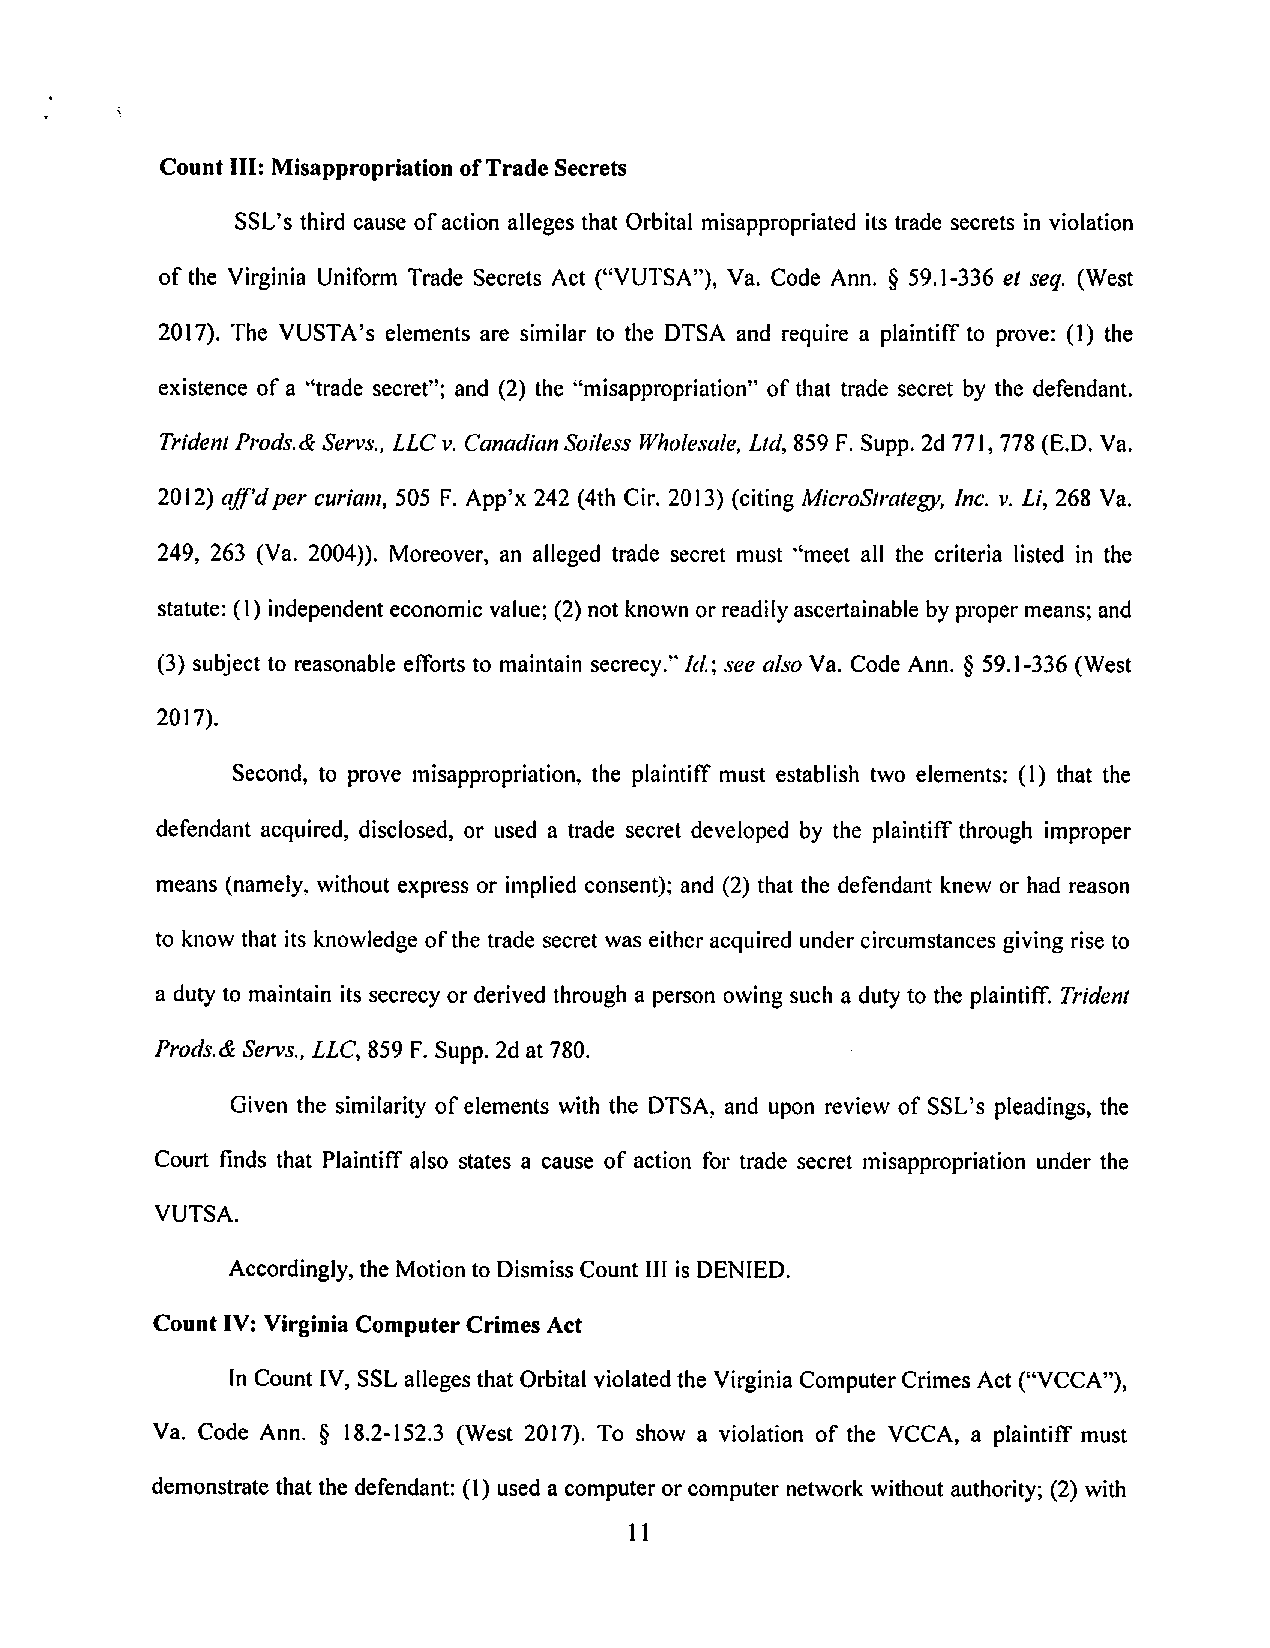
Count III: Misappropriation ofTrade Secrets
 SSL's third cause ofaction alleges that Orbital misappropriated its trade secrets in violation
 of the Virginia Uniform Trade Secrets Act ("VUTSA"), Va. Code Ann. § 59.1-336 et seq. (West
 2017). The VUSTA's elements are similar to the DTSA and require a plaintiff to prove: (1) the
 existence ofa "trade secret"; and (2) the "misappropriation" ofthat trade secret by the defendant.
 TridentProds.&Servs., LLCv. CanadianSoiless Wholesale, Ltd,859 F.Supp.2d 771,778(E.D.Va.
 2012) ajf'dper curiam, 505 F. App'x 242 (4th Cir. 2013) (citing MicroStrategy, Inc. v. Li, 268 Va.
 249, 263 (Va. 2004)). Moreover, an alleged trade secret must "meet all the criteria listed in the
 statute: (I) independenteconomic value; (2) not knownor readilyascertainable by proper means; and
 (3) subject to reasonable efforts to maintain secrecy."Id.; see also Va. Code Ann. § 59.1-336 (West
 2017),
 Second, to prove misappropriation, the plaintiff must establish two elements: (1) that the
 defendant acquired, disclosed, or used a trade secret developed by the plaintiff through improper
 means (namely, without express or implied consent); and (2) that the defendant knew or had reason
 to know that its knowledgeofthe trade secret was either acquired under circumstances giving rise to
 a dutyto maintainitssecrecyor derivedthrougha personowingsuch a dutyto the plaintiff Trident
 Prods.&Servs., LLC,859F.Supp.2dat 780.
 Given the similarity ofelements with the DTSA,and upon review ofSSL's pleadings,the
 Court finds that Plaintiff also states a cause of action for trade secret misappropriation under the
 VUTSA.
 Accordingly, the Motionto Dismiss Count III is DENIED.
 Count IV: Virginia ComputerCrimes Act
 InCount IV,SSLallegesthat Orbitalviolatedthe VirginiaComputerCrimes Act ("VCCA"),
 Va. Code Ann. § 18.2-152.3 (West 2017). To show a violation of the VCCA, a plaintiff must
 demonstrate thatthedefendant: (1)usedacomputerorcomputernetwork without authority; (2)with
 11